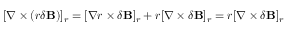
[ \nabla \times ( r \delta \mathbf { B } ) ] _ { r } = [ \nabla r \times \delta \mathbf { B } ] _ { r } + r [ \nabla \times \delta \mathbf { B } ] _ { r } = r [ \nabla \times \delta \mathbf { B } ] _ { r }